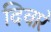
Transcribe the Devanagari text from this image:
दिवारे